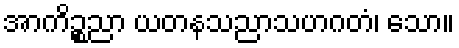
အာကိဉ္စညာ ယတနသညာသဟဂတံ၊ သော။